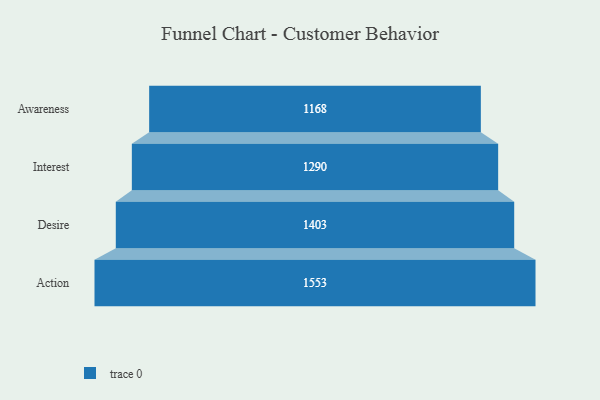
{"axis": {"x": "Stage", "y": "Value"}, "legend": [""], "data": [{"x": "Awareness", "y": 1168.0, "type": ""}, {"x": "Interest", "y": 1290.0, "type": ""}, {"x": "Desire", "y": 1403.0, "type": ""}, {"x": "Action", "y": 1553.0, "type": ""}]}